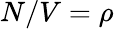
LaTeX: N/V=\rho